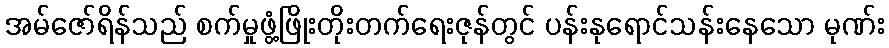
အမ်ဇော်ရိန်သည် စက်မှုဖွံ့ဖြိုးတိုးတက်ရေးဇုန်တွင် ပန်းနုရောင်သန်းနေသော မုဏ်း